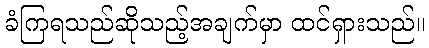
ခံကြရသည်ဆိုသည့်အချက်မှာ ထင်ရှားသည်။